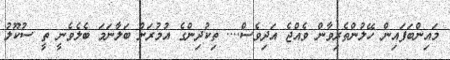
މައިންބަފައިން ހޭލުންތެރިވާން ވެއްޖެ އަދިވެސް.... ތިކުދިންގެ އުމުރަށް ބަލާނަމަ ބެލެވެނީ ތީ ސުކޫލު